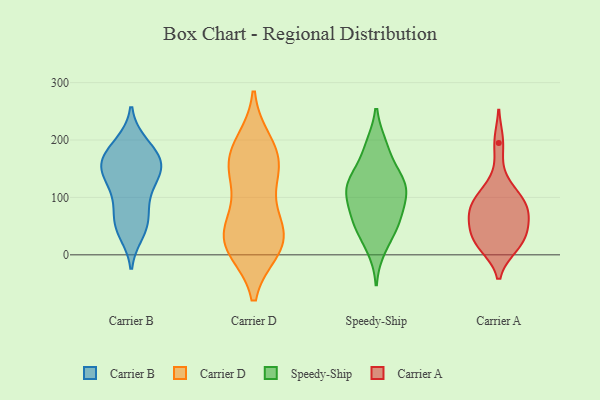
{"axis": {"x": "Page Views", "y": "Value"}, "legend": ["Carrier A", "Carrier B", "Carrier D", "Speedy-Ship"], "data": [{"x": "", "y": 93, "type": "Carrier B"}, {"x": "", "y": 104, "type": "Carrier B"}, {"x": "", "y": 56, "type": "Carrier B"}, {"x": "", "y": 147, "type": "Carrier B"}, {"x": "", "y": 165, "type": "Carrier B"}, {"x": "", "y": 176, "type": "Carrier B"}, {"x": "", "y": 194, "type": "Carrier B"}, {"x": "", "y": 150, "type": "Carrier B"}, {"x": "", "y": 146, "type": "Carrier B"}, {"x": "", "y": 123, "type": "Carrier B"}, {"x": "", "y": 39, "type": "Carrier B"}, {"x": "", "y": 159, "type": "Carrier B"}, {"x": "", "y": 151, "type": "Carrier B"}, {"x": "", "y": 48, "type": "Carrier B"}, {"x": "", "y": 191, "type": "Carrier B"}, {"x": "", "y": 60, "type": "Carrier B"}, {"x": "", "y": 128, "type": "Carrier D"}, {"x": "", "y": 12, "type": "Carrier D"}, {"x": "", "y": 169, "type": "Carrier D"}, {"x": "", "y": 140, "type": "Carrier D"}, {"x": "", "y": 160, "type": "Carrier D"}, {"x": "", "y": 45, "type": "Carrier D"}, {"x": "", "y": 40, "type": "Carrier D"}, {"x": "", "y": 66, "type": "Carrier D"}, {"x": "", "y": 16, "type": "Carrier D"}, {"x": "", "y": 11, "type": "Carrier D"}, {"x": "", "y": 26, "type": "Carrier D"}, {"x": "", "y": 194, "type": "Carrier D"}, {"x": "", "y": 180, "type": "Carrier D"}, {"x": "", "y": 117, "type": "Speedy-Ship"}, {"x": "", "y": 123, "type": "Speedy-Ship"}, {"x": "", "y": 56, "type": "Speedy-Ship"}, {"x": "", "y": 98, "type": "Speedy-Ship"}, {"x": "", "y": 185, "type": "Speedy-Ship"}, {"x": "", "y": 188, "type": "Speedy-Ship"}, {"x": "", "y": 46, "type": "Speedy-Ship"}, {"x": "", "y": 13, "type": "Speedy-Ship"}, {"x": "", "y": 117, "type": "Speedy-Ship"}, {"x": "", "y": 58, "type": "Speedy-Ship"}, {"x": "", "y": 75, "type": "Speedy-Ship"}, {"x": "", "y": 130, "type": "Speedy-Ship"}, {"x": "", "y": 127, "type": "Speedy-Ship"}, {"x": "", "y": 42, "type": "Carrier A"}, {"x": "", "y": 94, "type": "Carrier A"}, {"x": "", "y": 89, "type": "Carrier A"}, {"x": "", "y": 91, "type": "Carrier A"}, {"x": "", "y": 23, "type": "Carrier A"}, {"x": "", "y": 122, "type": "Carrier A"}, {"x": "", "y": 17, "type": "Carrier A"}, {"x": "", "y": 33, "type": "Carrier A"}, {"x": "", "y": 61, "type": "Carrier A"}, {"x": "", "y": 78, "type": "Carrier A"}, {"x": "", "y": 67, "type": "Carrier A"}, {"x": "", "y": 195, "type": "Carrier A"}, {"x": "", "y": 16, "type": "Carrier A"}]}